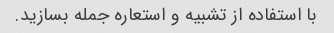
با استفاده از تشبیه و استعاره جمله بسازید.